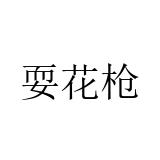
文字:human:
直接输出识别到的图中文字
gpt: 耍花枪